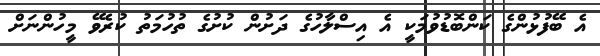
އެ ބޭފުޅުންގެ ކަންބޮޑުވުމަކީ އެ އިސްލާހުގެ ދަށުން ކުށުގެ ތުހުމަތު ކުރެވޭ މީހުންނަށް